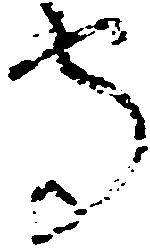
守